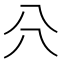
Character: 𠔁